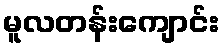
မူလတန်းကျောင်း